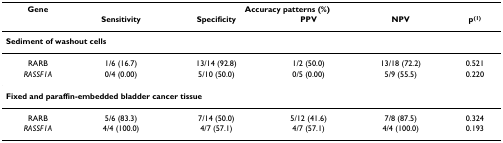
<table><thead><tr><td><b>Gene</b></td><td colspan="5"><b>Accuracy patterns (%)</b></td></tr><tr><td></td><td><b>Sensitivity</b></td><td><b>Specificity</b></td><td><b>PPV</b></td><td><b>NPV</b></td><td><b>p<sup>(1)</sup></b></td></tr></thead><tbody><tr><td colspan="6"><b>Sediment of washout cells</b></td></tr><tr><td>RARB</td><td>1/6 (16.7)</td><td>13/14 (92.8)</td><td>1/2 (50.0)</td><td>13/18 (72.2)</td><td>0.521</td></tr><tr><td><i>RASSF1A</i></td><td>0/4 (0.00)</td><td>5/10 (50.0)</td><td>0/5 (0.00)</td><td>5/9 (55.5)</td><td>0.220</td></tr><tr><td colspan="6"><b>Fixed and paraffin-embedded bladder cancer tissue</b></td></tr><tr><td>RARB</td><td>5/6 (83.3)</td><td>7/14 (50.0)</td><td>5/12 (41.6)</td><td>7/8 (87.5)</td><td>0.324</td></tr><tr><td><i>RASSF1A</i></td><td>4/4 (100.0)</td><td>4/7 (57.1)</td><td>4/7 (57.1)</td><td>4/4 (100.0)</td><td>0.193</td></tr></tbody></table>